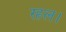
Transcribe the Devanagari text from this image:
रहल।